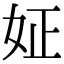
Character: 姃